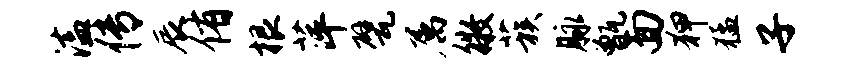
溘传辰侑根萍甓属徵蔟脉甑面狎猛子